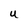
Character: U